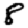
Digit: 8